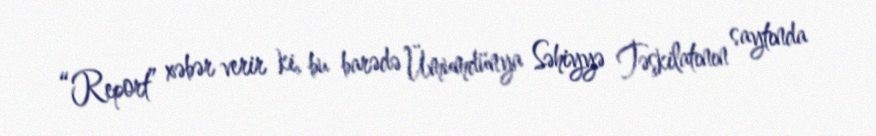
“Report” xəbər verir ki, bu barədə Ümumdünya Səhiyyə Təşkilatının saytında